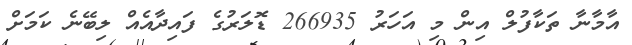
އާމާނާ ތަކާފުލް އިން މި އަހަރު 266935 ޑޮލަރުގެ ފައިދާއެއް ލިބޭނެ ކަމަށް